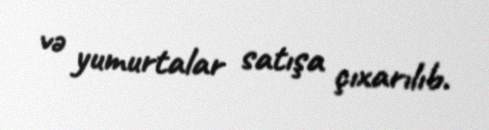
və yumurtalar satışa çıxarılıb.